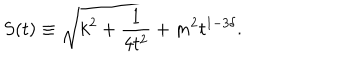
LaTeX: S ( t ) \equiv \sqrt { k ^ { 2 } + \frac { 1 } { 4 t ^ { 2 } } + m ^ { 2 } t ^ { 1 - 3 \delta } } .